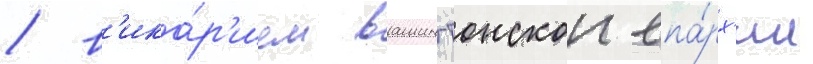
/ в'ика́р'ием вашингтонскои епа́рх'ии